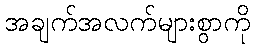
အချက်အလက်များစွာကို